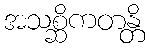
အသစ္ဆိကတန္တိ